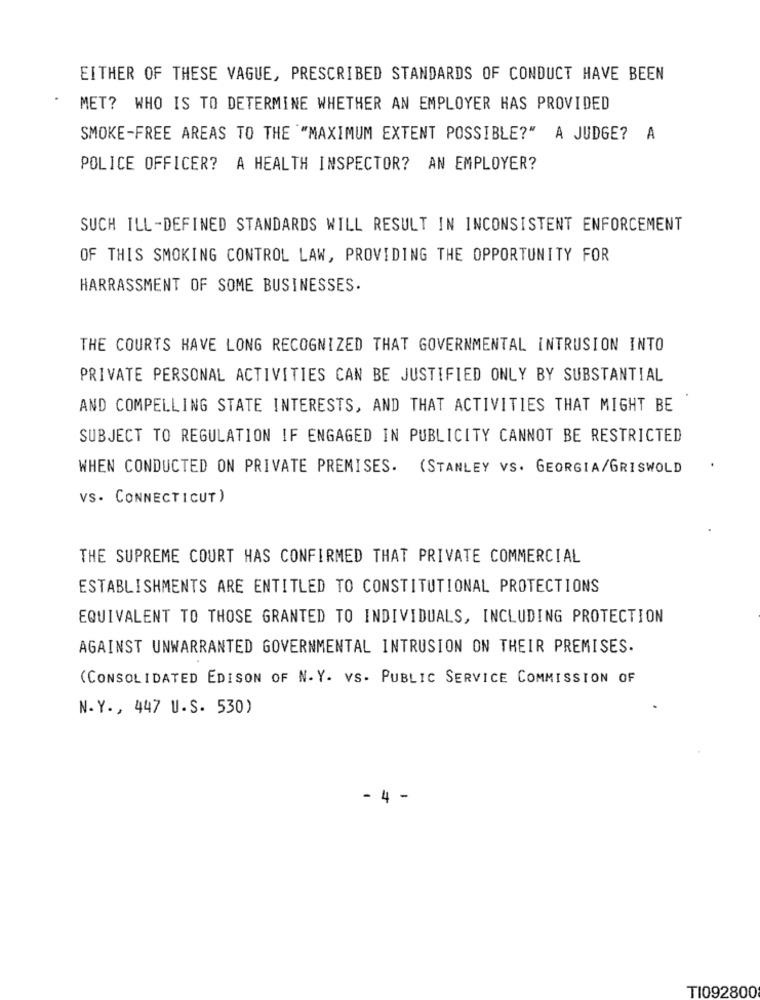
EITHER OF THESE VAGUE, PRESCRIBED STANDARDS OF CONDUCT HAVE BEEN
MET? WHO IS TO DETERMINE WHETHER AN EMPLOYER HAS PROVIDED
SMOKE-FREE AREAS TO THE "MAXIMUM EXTENT POSSIBLE?" A JUDGE? A
POLICE OFFICER? A HEALTH INSPECTOR? AN EMPLOYER?
SUCH ILL-DEFINED STANDARDS WILL RESULT IN INCONSISTENT ENFORCEMENT
OF THIS SMOKING CONTROL LAW, PROVIDING THE OPPORTUNITY FOR
HARRASSMENT OF SOME BUSINESSES.
THE COURTS HAVE LONG RECOGNIZED THAT GOVERNMENTAL INTRUSION INTO
PRIVATE PERSONAL ACTIVITIES CAN BE JUSTIFIED ONLY BY SUBSTANTIAL
AND COMPELLING STATE INTERESTS, AND THAT ACTIVITIES THAT MIGHT BE
SUBJECT TO REGULATION IF ENGAGED IN PUBLICITY CANNOT BE RESTRICTED
WHEN CONDUCTED ON PRIVATE PREMISES. (STANLEY VS. GEORGIA/GRISWOLD
VS. CONNECTICUT)
THE SUPREME COURT HAS CONFIRMED THAT PRIVATE COMMERCIAL
ESTABLISHMENTS ARE ENTITLED TO CONSTITUTIONAL PROTECTIONS
EQUIVALENT TO THOSE GRANTED TO INDIVIDUALS, INCLUDING PROTECTION
AGAINST UNWARRANTED GOVERNMENTAL INTRUSION ON THEIR PREMISES.
(CONSOLIDATED EDISON OF N.Y. VS. PUBLIC SERVICE COMMISSION OF
N.Y ., 447 U.S. 530)
- 4 -
TI092800